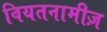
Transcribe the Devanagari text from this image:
वियतनामीज़